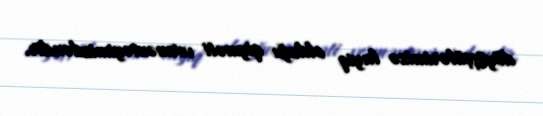
döyüşçülərimizə layiq olduğu qiyməti verməməyimizdəndir.